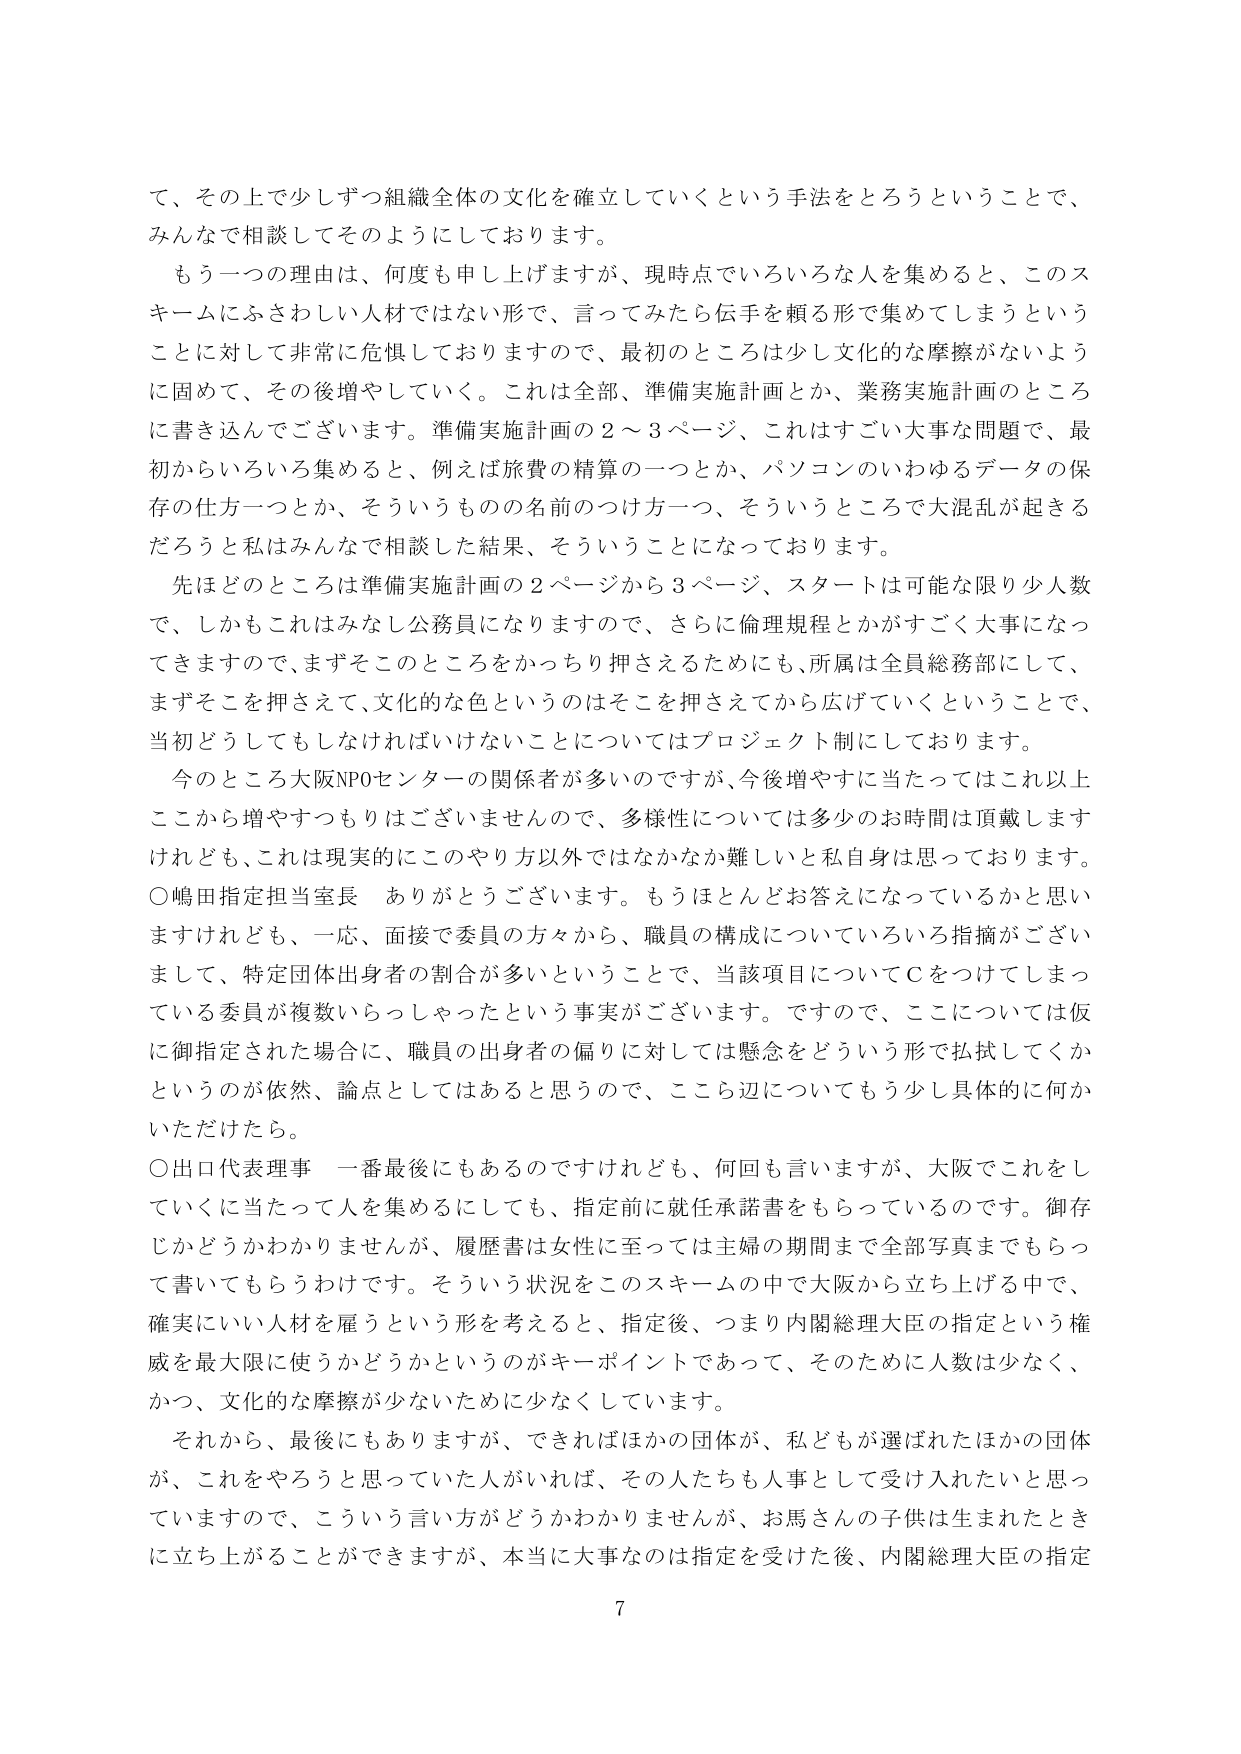
て、その上で少しずつ組織全体の文化を確立していくという手法をとろうということで、
みんなで相談してそのようにしております。

もう一つの理由は、何度も申し上げますが、現時点でいろいろな人を集めるとき、このスキームにふさわしい人材ではない形で、言ってみたら伝手を頼る形で集めてしまうということに対して非常に危惧しておりますので、最初のところは少し文化的な摩擦がないように固めて、その後増やしていく。これは全部、準備実施計画とか、業務実施計画のところに書き込んでございます。準備実施計画の２～３ページ、これはすごく大事な問題で、最初からいろいろ集めると、例えば旅費の精算の一つとか、パソコンのいわゆるデータの保存の仕方一つとか、そういうものの名前のつけ方一つ、そういうところで大混乱が起きるだろうと私はみんなで相談した結果、そういうことになっております。

先ほどのところは準備実施計画の２ページから３ページ、スタートは可能な限り少人数で、しかもこれはみなしご公務員になりますので、さらに倫理規程とかがすごく大事になってきますので、まずそのところをかっちり押さえるためにも、所属は全員総務部にして、まずそこを押さえて、文化的な色というのはそこを押さえてから広げていくということで、当初どうしてもしなければいけないことについてはプロジェクト制にしております。

今のところ大阪NPOセンターの関係者が多いのですが、今後増やすに当たってはこれ以上ここから増やすつもりはございませんので、多様性については多少のお時間は頂戴しますけれども、これは現実的にこのやり方以外ではなかなか難しいと私自身は思っております。

○嶋田指定担当室長　ありがとうございます。もうほとんどお答えになっているかと思いますけれども、一応、面接で委員の方々から、職員の構成についていろいろ指摘がございまして、特定団体出身者の割合が多いということで、当該項目についてＣをつけてしまっている委員が複数いらっしゃったという事実がございます。ですので、ここについては仮に御指定された場合に、職員の出身者の偏りに対しては懸念をどういう形で払拭してくかというのが依然、論点としてはあると思うので、こちら辺についてもう少し具体的に何かいただけたら。

○出口代表理事　一番最後にもあるのですけれども、何回も言いますが、大阪でこれをしていくに当たって人を集めるにしても、指定前に就任承諾書をもらっているのです。御存じかどうかわかりませんが、履歴書は女性に至っては主婦の期間まで全部写真までもらって書いてもらうわけです。そういう状況をこのスキームの中で大阪から立ち上げる中で、確実にいい人材を雇うという形を考えると、指定後、つまり内閣総理大臣の指定という権威を最大限に使うかどうかというのがキーポイントであって、そのために人数は少なく、かつ、文化的な摩擦が少ないために少なくなしています。

それから、最後にもありますが、できればほかの団体が、私どもが選ばれたほかの団体が、これをやろうと思っていた人がいれば、その人たちも人事として受け入れたいと思っていますので、こういう言い方がどうかわかりませんが、お馬さんの子供は生まれたときに立ち上がることができますますが、本当に大事なのは指定を受けた後、内閣総理大臣の指定

7